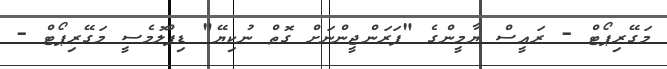
މަގޭރިޕޯޓް - ރައީސް ޔާމީންގެ "ފަރަންޖީންނަށް ގޮތް ނުކިޔޭ" ޑިޕްލޮމެސީ މަގޭރިޕޯޓް -